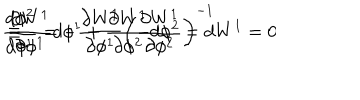
LaTeX: \frac { d \phi ^ { 2 } } { d \phi ^ { 1 } } = - \frac { \partial W ^ { 1 } } { \partial \phi ^ { 1 } } \left( \frac { \partial W ^ { 1 } } { \partial \phi ^ { 2 } } \right) ^ { - 1 } \hspace { 0 . 5 c m } \equiv \hspace { 0 . 5 c m } \frac { \partial W ^ { 1 } } { \partial \phi ^ { 1 } } d \phi ^ { 1 } + \frac { \partial W ^ { 1 } } { \partial \phi ^ { 2 } } d \phi ^ { 2 } = d W ^ { 1 } = 0